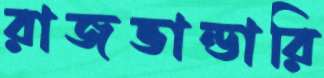
রাজভান্ডারি